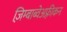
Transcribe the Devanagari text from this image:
ज़िम्बाब्वेअफ़्रीकन